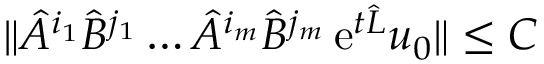
\begin{array} { r } { \| \hat { A } ^ { i _ { 1 } } \hat { B } ^ { j _ { 1 } } \ldots \hat { A } ^ { i _ { m } } \hat { B } ^ { j _ { m } } \, \ensuremath { \mathrm { e } } ^ { t \hat { L } } u _ { 0 } \| \leq C } \end{array}